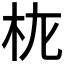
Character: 𭩝